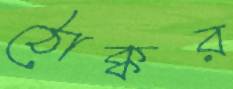
ঠোক্কর